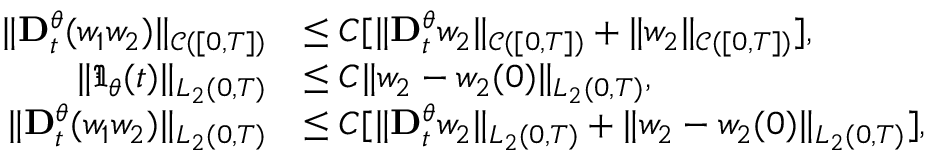
\begin{array} { r l } { \| \mathbf { D } _ { t } ^ { \theta } ( w _ { 1 } w _ { 2 } ) \| _ { \mathcal { C } ( [ 0 , T ] ) } } & { \leq C [ \| \mathbf { D } _ { t } ^ { \theta } w _ { 2 } \| _ { \mathcal { C } ( [ 0 , T ] ) } + \| w _ { 2 } \| _ { \mathcal { C } ( [ 0 , T ] ) } ] , } \\ { \| \mathfrak { I } _ { \theta } ( t ) \| _ { L _ { 2 } ( 0 , T ) } } & { \leq C \| w _ { 2 } - w _ { 2 } ( 0 ) \| _ { L _ { 2 } ( 0 , T ) } , } \\ { \| \mathbf { D } _ { t } ^ { \theta } ( w _ { 1 } w _ { 2 } ) \| _ { L _ { 2 } ( 0 , T ) } } & { \leq C [ \| \mathbf { D } _ { t } ^ { \theta } w _ { 2 } \| _ { L _ { 2 } ( 0 , T ) } + \| w _ { 2 } - w _ { 2 } ( 0 ) \| _ { L _ { 2 } ( 0 , T ) } ] , } \end{array}